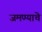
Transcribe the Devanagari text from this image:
जमण्याचे